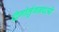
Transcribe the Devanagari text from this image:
द्विगोर्लुगनपत्ये